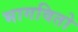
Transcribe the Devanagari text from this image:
भागवितो